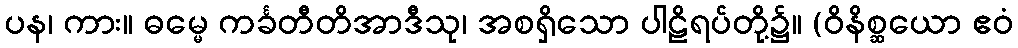
ပန၊ ကား။ ဓမ္မေ ကင်္ခတီတိအာဒီသု၊ အစရှိသော ပါဠိရပ်တို့၌။ (ဝိနိစ္ဆယော ဧဝံ